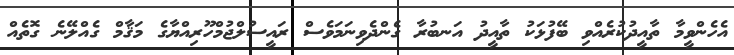
އެހެންވީމާ ތާއީދުކުރެއްވި ބޭފުޅަކު ތާއީދު އަނބުރާ ގެންދެވިނަމަވެސް ރައީސުލްޖުމްހޫރިއްޔާގެ މަޤާމް ގެއްލޭނެ ގޮތެއް